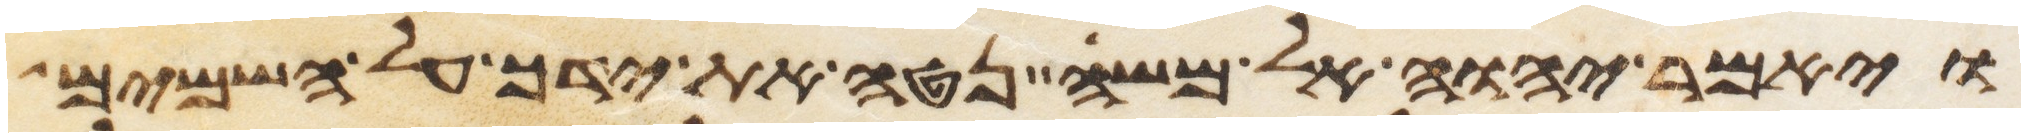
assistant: ויאמר יהוה אל משה נטה את ידך על השמים